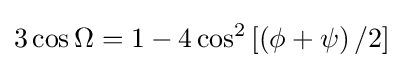
3\cos \Omega =1-4\cos ^{2}\left[\left(\phi +\psi \right)/2\right]